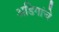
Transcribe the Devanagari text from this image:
अडिगांचे